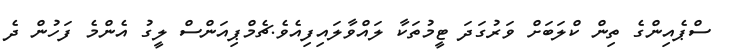
ސްޕެއިންގެ ތިން ކްލަބަށް ވަރުގަދަ ޓީމުތަކާ ލައްވާލައިފިއެވެ.ޗެމްޕިއަންސް ލީގު އެންމެ ފަހުން ދެ